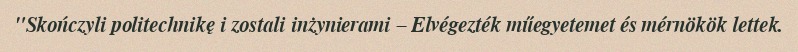
"Skończyli politechnikę i zostali inżynierami – Elvégezték műegyetemet és mérnökök lettek.